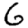
Digit: 6